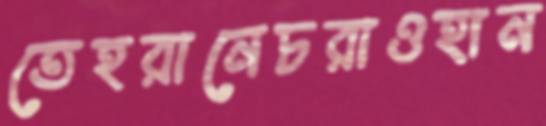
তেহরানেচরাওহান